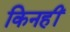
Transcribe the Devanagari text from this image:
किनहीं